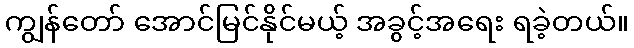
ကျွန်တော် အောင်မြင်နိုင်မယ့် အခွင့်အရေး ရခဲ့တယ်။